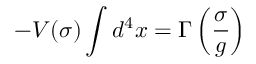
- V ( \sigma ) \int d ^ { 4 } x = \Gamma \left( \frac { \sigma } { g } \right)